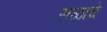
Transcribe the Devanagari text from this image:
सुळाचे